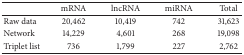
<table><thead><tr><td><b> </b></td><td><b>mRNA</b></td><td><b>lncRNA</b></td><td><b>miRNA</b></td><td><b>Total</b></td></tr></thead><tbody><tr><td>Raw data</td><td>20,462</td><td>10,419</td><td>742</td><td>31,623</td></tr><tr><td>Network</td><td>14,229</td><td>4,601</td><td>268</td><td>19,098</td></tr><tr><td>Triplet list</td><td>736</td><td>1,799</td><td>227</td><td>2,762</td></tr></tbody></table>